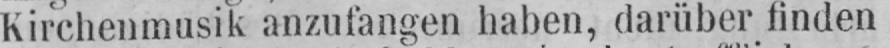
Kirchenmusik anzufangen haben, darüber finden